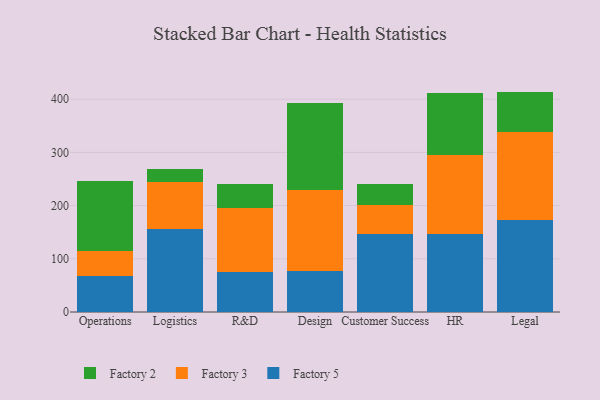
{"axis": {"x": "Department", "y": "Bounce Rate (%)"}, "legend": ["Factory 2", "Factory 3", "Factory 5"], "data": [{"x": "Operations", "y": 67.5, "type": "Factory 5"}, {"x": "Operations", "y": 47.8, "type": "Factory 3"}, {"x": "Operations", "y": 130.7, "type": "Factory 2"}, {"x": "Logistics", "y": 155.5, "type": "Factory 5"}, {"x": "Logistics", "y": 89.2, "type": "Factory 3"}, {"x": "Logistics", "y": 23.5, "type": "Factory 2"}, {"x": "R&D", "y": 74.9, "type": "Factory 5"}, {"x": "R&D", "y": 119.9, "type": "Factory 3"}, {"x": "R&D", "y": 45.7, "type": "Factory 2"}, {"x": "Design", "y": 77.0, "type": "Factory 5"}, {"x": "Design", "y": 153.0, "type": "Factory 3"}, {"x": "Design", "y": 163.2, "type": "Factory 2"}, {"x": "Customer Success", "y": 147.5, "type": "Factory 5"}, {"x": "Customer Success", "y": 53.4, "type": "Factory 3"}, {"x": "Customer Success", "y": 40.2, "type": "Factory 2"}, {"x": "HR", "y": 147.0, "type": "Factory 5"}, {"x": "HR", "y": 148.1, "type": "Factory 3"}, {"x": "HR", "y": 117.2, "type": "Factory 2"}, {"x": "Legal", "y": 173.2, "type": "Factory 5"}, {"x": "Legal", "y": 164.6, "type": "Factory 3"}, {"x": "Legal", "y": 76.4, "type": "Factory 2"}]}